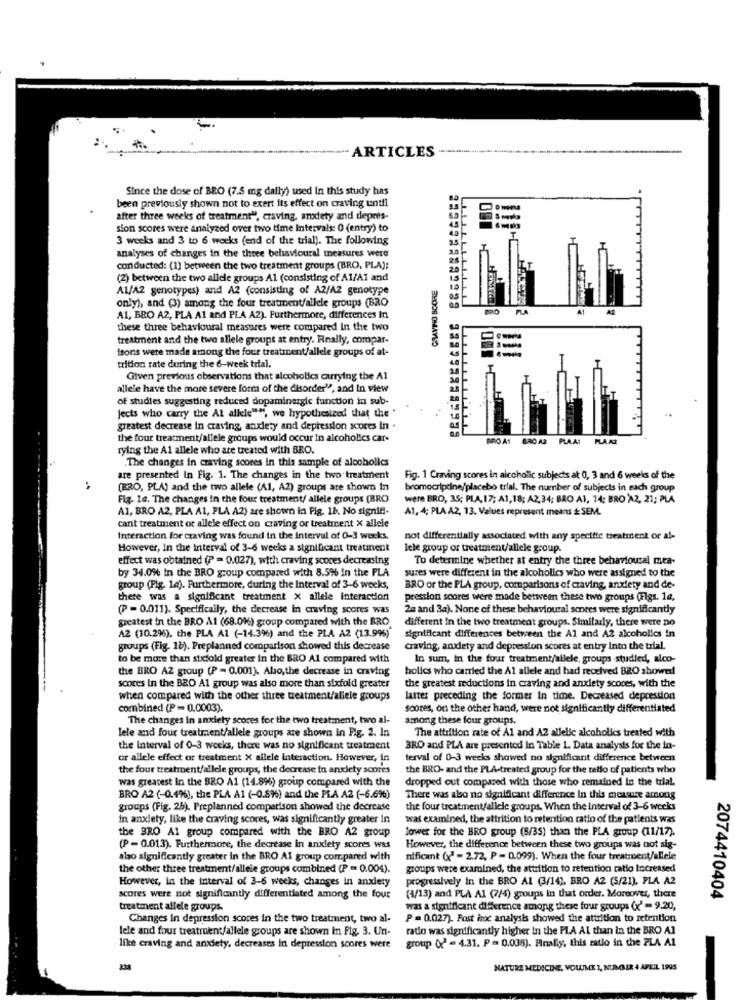
ARTICLES
Since the dose of BRO (7.5 mg daily) used In this study has
been previously shown not to exert its effect on craving until
after three weeks of treatment", craving, anxiety and depres-
sion scores were analyzed over two time Intervals: 0 (entry) to
3 weeks and 3 to 6 weeks (end of the trial). The following
analyses of changes in the three behavioural measures were
conducted: (1) between the two treatment groups (BRO, PLA);
(2) between the two allele groups Al (consisting of A1/A1 and
A1/A2 genotypes) and A2 (consisting of A2/AZ genotype
CRAVING SCORE
only), and (3) among the four treatment/allele groups (BRO
LLLLLL
A1, BRO A2, PLA A1 and PLA A2). Furthermore, differences In
these three behavioural measures were compared In the two
treatment and the two allele groups at entry. Finally, compar-
isons were made among the four treatment/allele groups of at-
triton rate during the 6-week trial.
Given previous observations that alcoholics carrying the Al
allele have the more severe form of the disorder", and In view
of studies suggesting reduced dopaminergic function in sub-
Jects who carry the Al allele"", we hypothesized that the "
..
greatest decrease in craving, anxiety and depression scores in .
the four treatment/allele groups would occur In alcoholics car-
NRO A1
BAC A2
PLAAT
PLAAZ
rying the Al allele who are treated with BRO.
.The changes in craving scores in this sample of alcoholics
are presented In Fig. 1. The changes in the two treatment
Fig. 1 Craving scores in alcoholic subjects at 0, 3 and 6 weeks of the
.4
(BRO, PLA) and the two allele (A1, A2) groups are shown In
bromocriptine/'placebo trial. The number of subjects in each group
Fig. 14. The changes in the four treatment/ allele groups (BRO
were BRO, 35; PLA, 17; A1,18; A2,34; BRO A1, 14: BRO 'A2, 21; PLA
Al, BRO A2, PLA A1, PLA A2) are shown in Fig. 18. No signifi.
A1, 4; PLA A2, 13. Values represent means È SEM.
cant treatment or allele effect on craving or treatment x allele
Interaction for craving was found in the Interval of 0-3 weeks.
not differentially associated with any specific treatment or al-
However, In the Interval of 3-6 weeks a significant treatment
lele group of treatment/allele group.
effect was obtained (P = 0.027), with craving scores decreasing
To determine whether at entry the three behavioural mea-
by 34.0% in the BRO group compared with 8.5% in the PLA
sures were different in the alcoholics who were assigned to the
group (Plg. la). Furthermore, during the Interval of 3-6 weeks,
BRO or the PLA group, comparisons of craving, anxiety and de-
there was a significant treatment X allele interaction
pression scores were made between these two groups (Figs. 1a,
(P = 0.011). Specifically, the decrease in craving scores was
2a and 3a). None of these behavioural scores were significantly
greatest in the BRO AI (68.0%) group compared with the BRO
different in the two treatment groups. Similarly, there were no
A2 (10.2%), the PLA Al (-14.3%) and the PLA A2 (13.99%)
significant differences between the Al and A2 alcoholics in
groups (Fig. 1b). Preplanned comparison showed this decrease
craving, anxiety and depression scores at entry Into the trial.
to be more than stxfold greater in the BRO Al compared with
In sum, in the four treatment/allele, groups studied, alco-
the BRO AZ group (P = 0.001). Also,the decrease in craving
holics who carried the Al allele and had received BRO showed
scores In the BRO Al group was also more than sixfold greater
the greatest reductions in craving and anxiety scores, with the
when compared with the other three treatment/aliele groups
latter preceding the former In time. Decreased depression
combined (P = 0,0003).
scores, on the other hand, were not significantly differentiated
The changes In anxiety scores for the two treatment, two al-
among these four groups.
lele and four treatment/allele groups are shown In Fig. 2. In
The attrition rate of Al and AZ allelic alcoholics treated with
the Interval of 0-3 weeks, there was no significant treatment
BRO and PLA are presented in Table 1. Data analysis for the in-
or allele effect or treatment X allele Interaction. However, in
terval of 0-3 weeks showed no significant difference between
the four treatment/allele groups, the decrease in anxiety scores
the BRO- and the PLA-treated group for the rallo of patients who
was greatest In the BRO A1 (14.896) group compared with the
dropped out compared with those who remained in the trial.
BRO A2 (-0.49%), the PLA A1 (-0.8%%) and the PLA A2 (-6.6%)
There was also no significant difference In this measure among
groups (Fig. 25). Preplanned comparison showed the decrease
the four treatment/allele groups. When the Interval of 3-6 weeks
in anxiety, like the craving scores, was significantly greater in
was examined, the attrition to retention ratio of the patients was
the BRO Al group compared with the BRO A2 group
lower for the BRO group (8/35) than the PLA group (11/17).
(P = 0.013). Furthermore, the decrease in anxiety scores was
However, the difference between these two groups was not sig-
also significantly greater in the BRO AI group compared with
nificant (" - 2.72, P = 0.099). When the four treatment/allele
the other three treatment/allele groups combined (P = 0.004).
groups were examined, the attrition to retention ratio Increased
However, in the interval of 3-6 weeks, changes in anxiety
progressively in the BRO AL (3/14), BRO A2 (5/21), PLA A2
scores were not significantly differentiated among the four
(4/13) and PLA Al (7/4) groups in that order. Moreover, there
2074410404
treatment allele groups.
was a significant difference among these four groups (x' = 9.20,
Changes In depression scores in the two treatment, two al-
P = 0.027). Post hoc analysis showed the attrition to retention
lele and four treatment/allele groups are shown in Fig. 3. Un-
radio was significantly higher in the PLA Ai than in the BRO AI
group (' - 4.31. P = 0.038). Finally, this ratio in the PLA A1
like craving and anxiety, decreases in depression scores were
NATURE MEDICINE, VOLUME 1, NUMBER 4 APRIL 1995